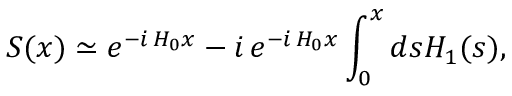
S ( x ) \simeq e ^ { - i \, H _ { 0 } x } - i \, e ^ { - i \, H _ { 0 } x } \int _ { 0 } ^ { x } d s H _ { 1 } ( s ) ,